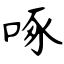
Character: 啄